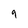
Character: 9